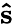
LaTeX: \mathbf{\hat{s}}